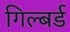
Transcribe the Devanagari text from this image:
गिल्बर्ड